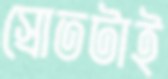
স্রোতটাই